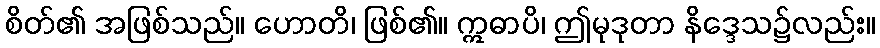
စိတ်၏ အဖြစ်သည်။ ဟောတိ၊ ဖြစ်၏။ ဣဓာပိ၊ ဤမုဒုတာ နိဒ္ဒေသ၌လည်း။